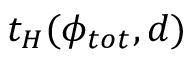
t _ { H } ( \phi _ { t o t } , d )